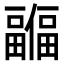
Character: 𫤊